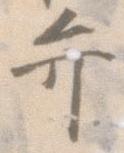
弁